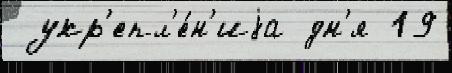
 укр'епл'е́н'иjа дн'я 19